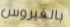
بالفيروس